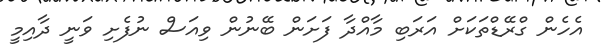
އެހެން ގްރޭޑްތަކަށް އަރަބި މާއްދާ ފަށަން ބޭނުން ވިއަސް ނުފެށި ވަނީ ދާއިމީ